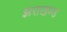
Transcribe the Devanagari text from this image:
झराखण्ड